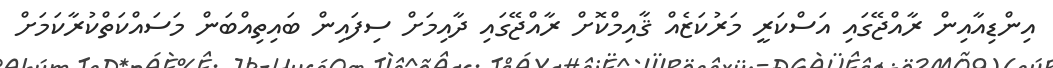
އިންޑިއާއިން ރާއްޖޭގައި އަސްކަރީ މަރުކަޒެއް ޤާއިމްކޮށް ރާއްޖޭގައި ދާއިމަށް ސިފައިން ބައިތިއްބަން މަސައްކަތްކުރާކަމަށް